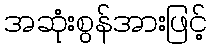
အဆုံးစွန်အားဖြင့်